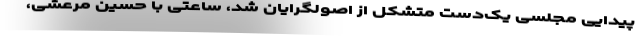
پیدایی مجلسی یک‌دست متشکل از اصولگرایان شد، ساعتی با حسین مرعشی،